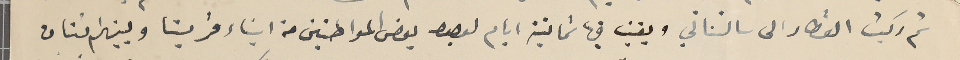
ثم ركبت القطار الى سانسناتي وبقيت فيها ثمانية ايام لوجود بعض المواطنين من ابناء قريتنا وبينهم اثنان